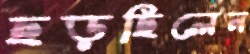
ছড়ছিলেন